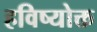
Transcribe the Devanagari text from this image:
हविष्योक्त